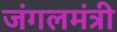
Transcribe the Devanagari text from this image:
जंगलमंत्री